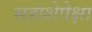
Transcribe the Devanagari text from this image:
सहाशेपेक्षा